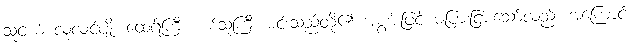
သူငယ် လုလင်ပျို၊ ထေရ်ကြီး။ စစ်သူကြီး မင်းသည်တို့၏ အစွမ်းဖြင့် မပြားငြားသော်လည်း အကြောင်း